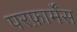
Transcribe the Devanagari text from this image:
परफ़ार्मेंस